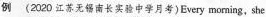
例 (2020 江苏无南长实验中学月考)Every morning, she